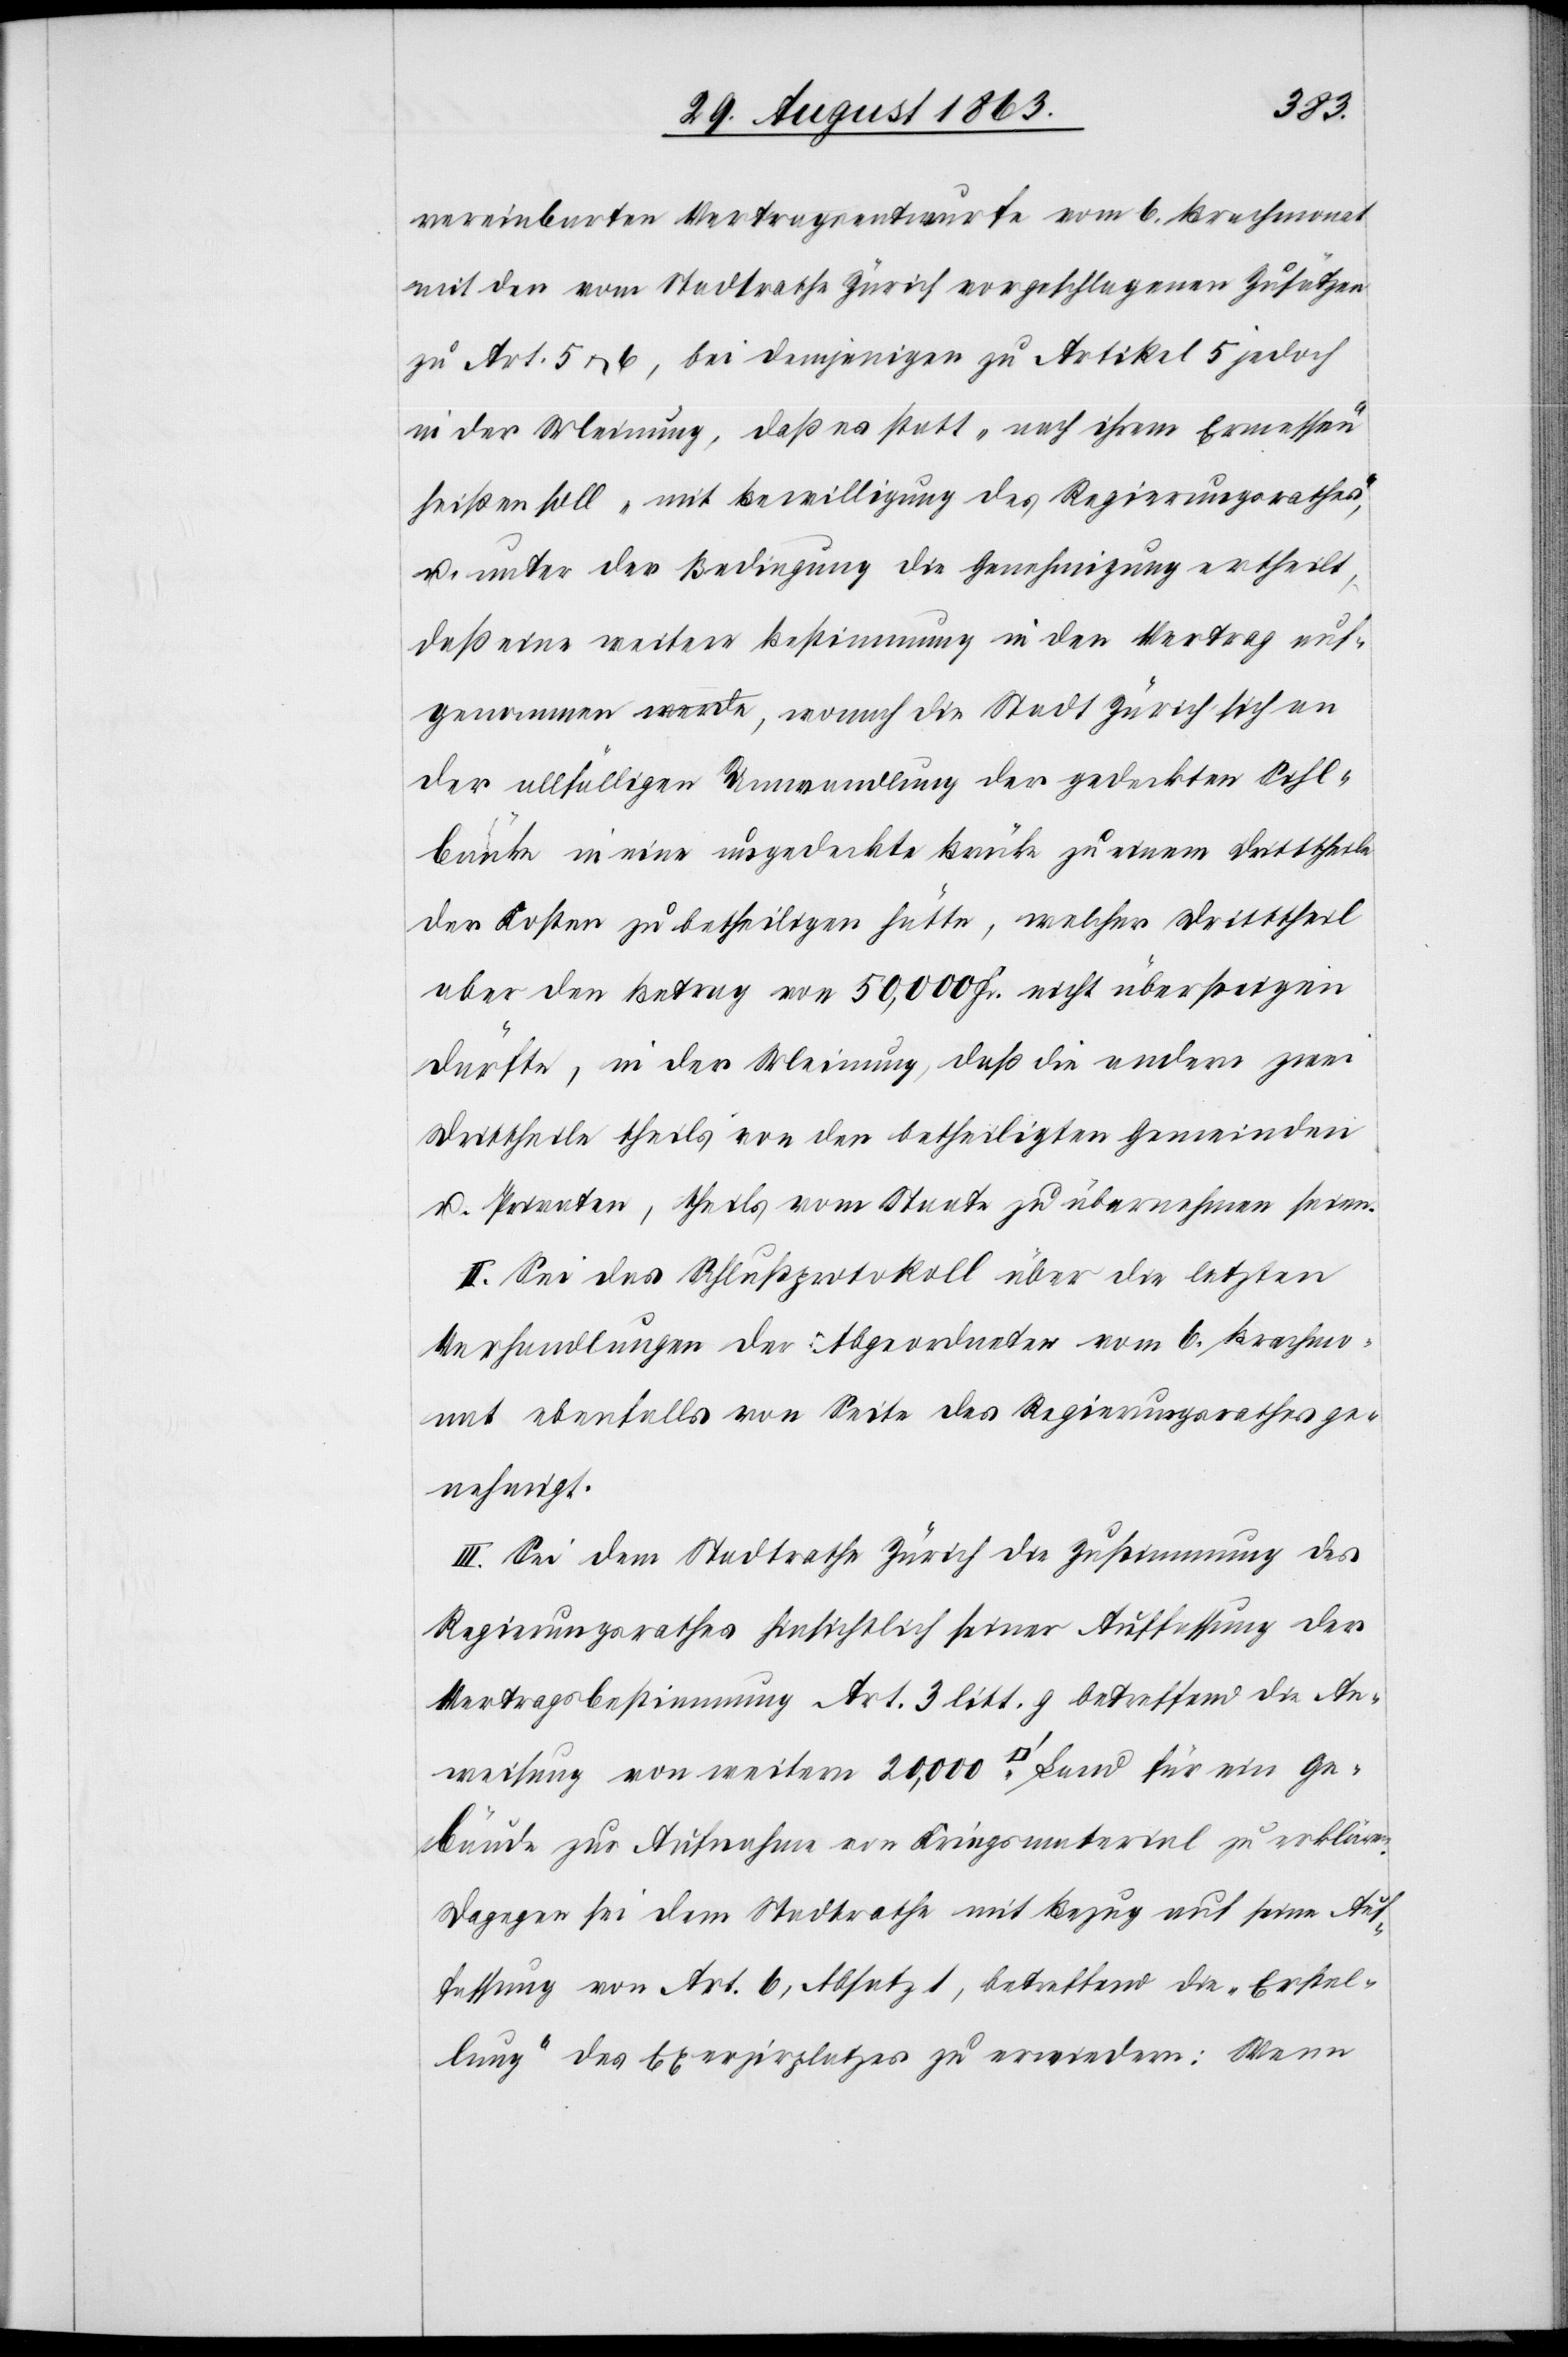
vereinbarten Vertragsentwurfe vom 6. Brachmonat
mit den vom Stadtrathe Zürich vorgeschlagenen Zusätzen
zu Art. 5 & 6, bei demjenigen zu Artikel 5 jedoch
in der Meinung, daß es statt „nach ihrem Ermessen“
heißen soll „mit Bewilligung des Regierungsrathes“,
u. unter der Bedingung die Genehmigung ertheilt,
daß eine weitere Bestimmung in den Vertrag auf¬
genommen werde, wonach die Stadt Zürich sich an
der allfälligen Umwandlung der gedeckten Sihl¬
brücke in eine ungedeckte Brücke zu einem Dritttheile
der Kosten zu betheiligen hätte, welcher Dritttheil
aber den Betrag von 50,000 Fr. nicht übersteigen
dürfte, in der Meinung, daß die andern zwei
Drittheile theils von den betheiligten Gemeinden
u. Privaten, theils vom Staate zu übernehmen seien.
II. Sei das Schlußprotokoll über die letzten
Verhandlungen der Abgeordneten vom 6. Brachmo¬
nat ebenfalls von Seite des Regierungsrathes ge¬
nehmigt.
III. Sei dem Stadtrathe Zürich die Zustimmung des
Regierungsrathes hinsichtlich seiner Auffassung der
Vertragsbestimmung Art. 3 litt. g betreffend die An¬
weisung von weitern 20,000 [Quadratfuss] Land für ein Ge¬
bäude zur Aufnahme von Kriegsmaterial zu erklären.
Dagegen sei dem Stadtrathe mit Bezug auf seine Auf¬
fassung von Art. 6, Absatz 1, betreffend die „Erstel¬
lung“ des Exerzirplatzes zu erwiedern: Wenn